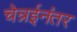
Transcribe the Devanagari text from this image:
चेन्नईनंतर